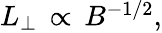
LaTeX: \begin{array}{r}{L_{\perp}\, \propto\, B^{-1/2},}\end{array}